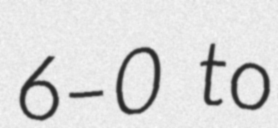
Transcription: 6–0 to